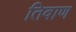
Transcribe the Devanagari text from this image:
तिवाण